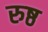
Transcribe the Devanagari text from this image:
रुष्ठ